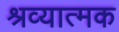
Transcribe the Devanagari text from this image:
श्रव्यात्मक